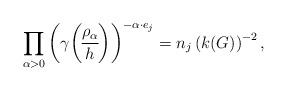
LaTeX: \begin{align*}\prod_{\alpha >0}\left( \gamma {\rho _\alpha \overwithdelims() h}\right) ^{-\alpha \cdot e_j}=n_j\left( k(G)\right) ^{-2}, \end{align*}